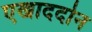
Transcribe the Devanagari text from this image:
एखाददोन